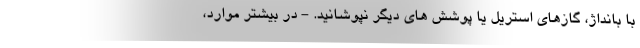
با بانداژ، گازهای استریل یا پوشش های دیگر نپوشانید. - در بیشتر موارد،